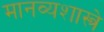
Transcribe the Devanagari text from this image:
मानव्यशास्त्रे